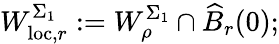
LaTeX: W_{\mathrm{loc},r}^{\Sigma_{1}}:=W_{\rho}^{\Sigma_{1}}\cap\widehat{B}_{r}(0);